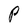
Character: P